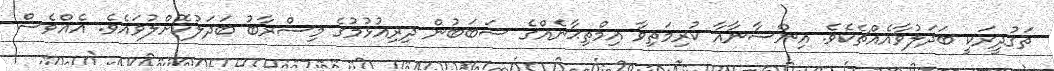
ތަޤުދީރަކީ ބަދަލުވާއެއްޗެކެވެ. އިންސާނާއާ ކުރިމަތިވާ އިމްތިޙާނެއްގެ ސަބަބުން ދިރިއުޅުމުގެ މިސްރާބު ބަދަލުކޮށްލުވައެވެ. އެއްވެސް